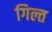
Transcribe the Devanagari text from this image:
गिल्त